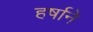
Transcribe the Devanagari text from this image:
हर्षाने